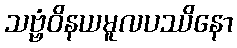
သဗ္ဗံဝိနယမူလပဿိနော